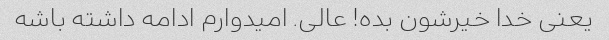
یعنی خدا خیرشون بده! عالی. امیدوارم ادامه داشته باشه